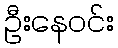
ဦးနေဝင်း